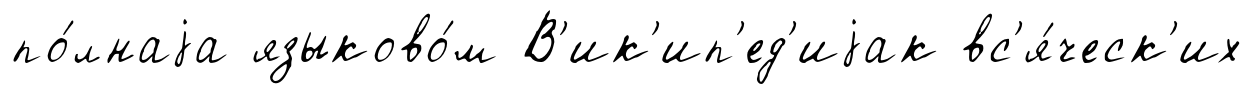
по́лнаjа языково́м В'ик'ип'ед'иjак вс'я́ческ'их